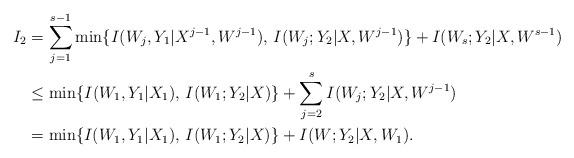
LaTeX: \begin{align*}I_2 &= \sum_{j=1}^{s-1} \min\{I(W_{j},Y_1|X^{j-1},W^{j-1}),\,I(W_{j};Y_2|X,W^{j-1})\} + I(W_{s};Y_2|X,W^{s-1})\\&\le \min\{I(W_{1},Y_1|X_{1}),\,I(W_{1};Y_2|X)\} + \sum_{j=2}^{s} I(W_{j};Y_2|X,W^{j-1})\\&= \min\{I(W_{1},Y_1|X_{1}),\,I(W_{1};Y_2|X)\} + I(W;Y_2|X,W_{1}).\end{align*}